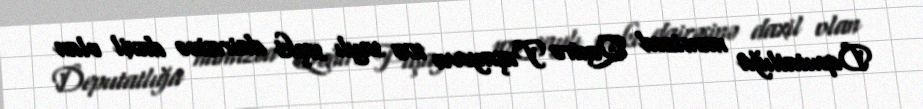
Deputatlığa namizəd Qənirə Paşayeva 105 saylı seçki dairəsinə daxil olan